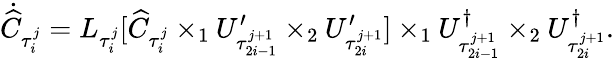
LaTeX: \dot{\widehat{C}}_{\tau_{i}^{j}}={L}_{\tau_{i}^{j}}[\widehat{C}_{\tau_{i}^{j}}\times_{1}U_{\tau_{2i-1}^{j+1}}^{\prime}\times_{2}U_{\tau_{2i}^{j+1}}^{\prime}]\times_{1}U_{\tau_{2i-1}^{j+1}}^{\dagger}\times_{2}U_{\tau_{2i}^{j+1}}^{\dagger}.